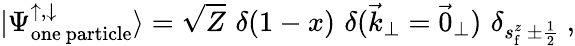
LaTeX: |\Psi_{\mathrm{one\ particle}}^{\uparrow,\downarrow}\rangle=\sqrt Z\, \, \delta(1-x)\, \, \delta(\vec{k}_{\perp}=\vec{0}_{\perp})\, \, \delta_{s_{\mathrm{f}}^{z}\ \pm{\frac{1}{2}}}\ ,